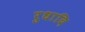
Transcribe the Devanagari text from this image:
रुधादि